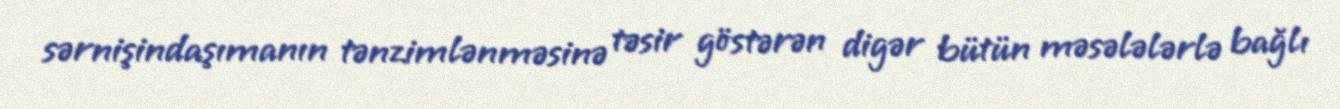
sərnişindaşımanın tənzimlənməsinə təsir göstərən digər bütün məsələlərlə bağlı